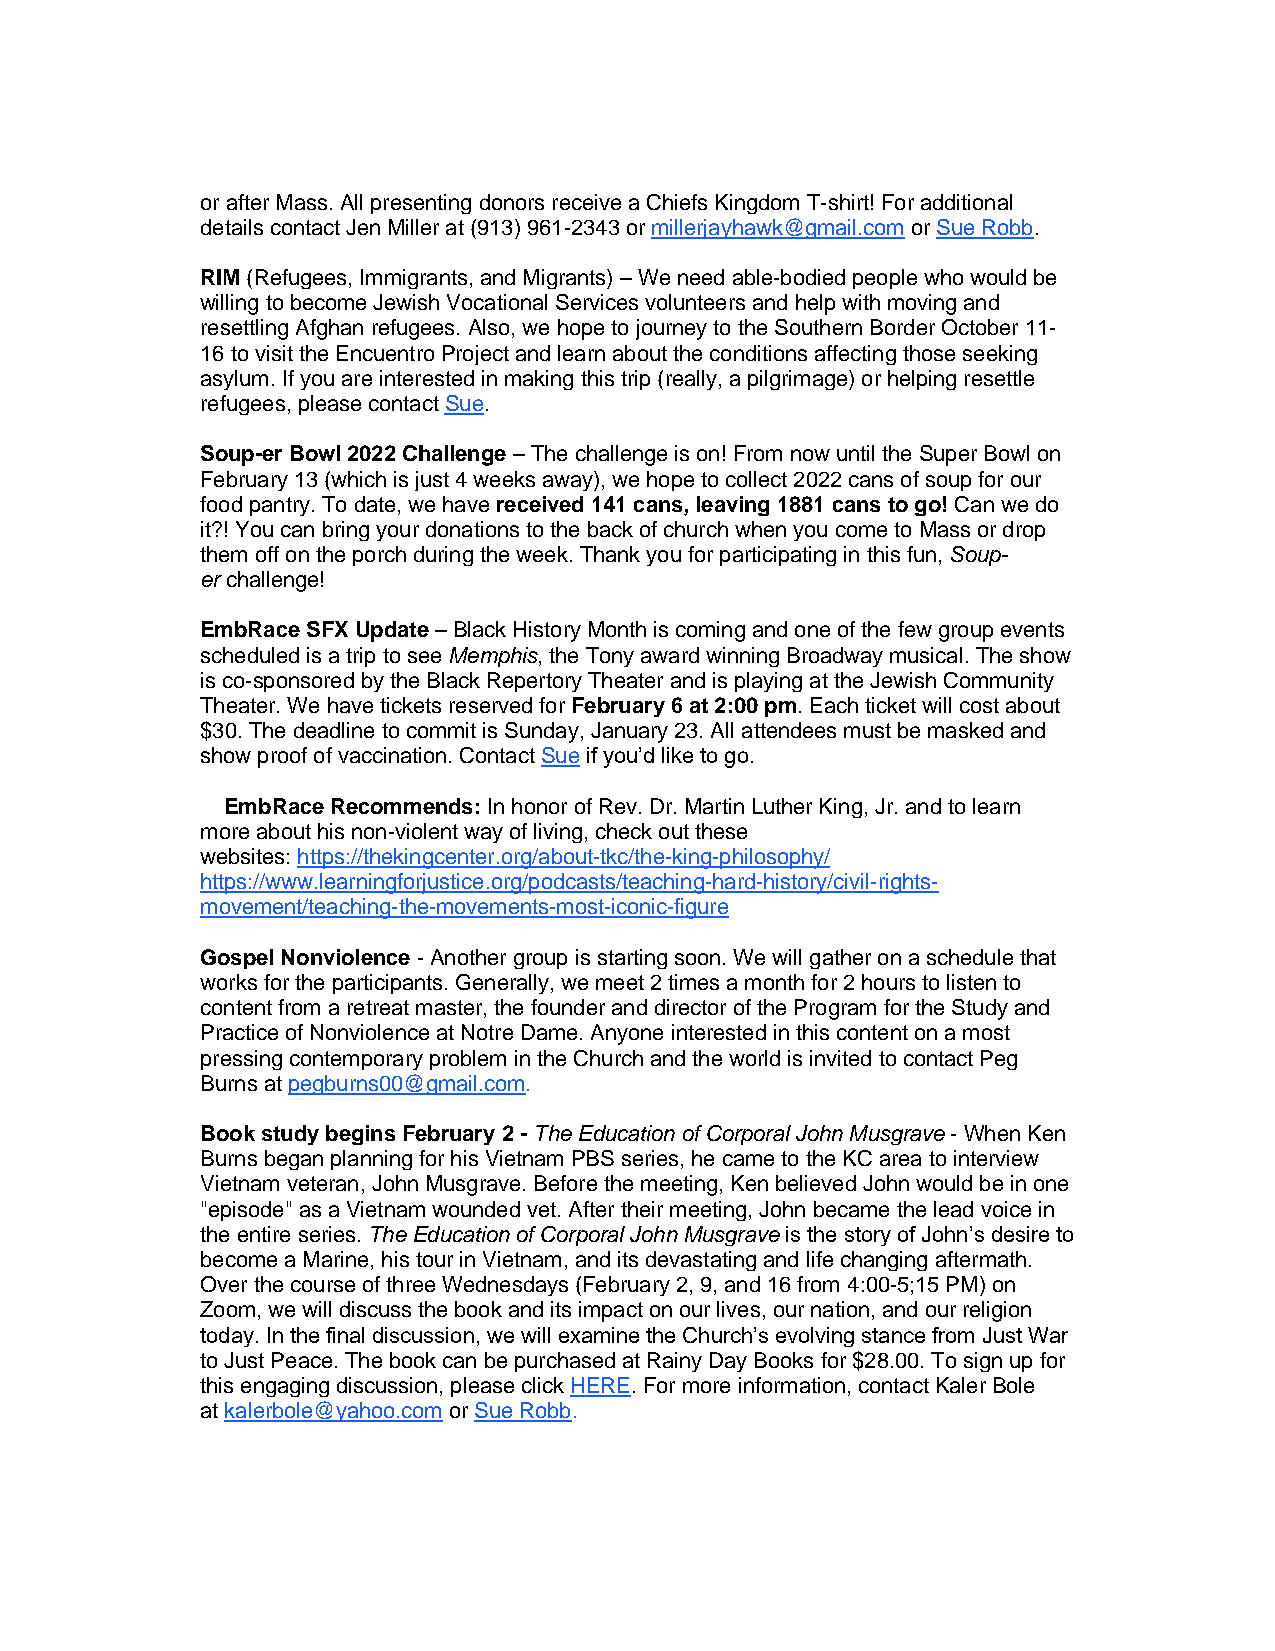
or after Mass. All presenting donors receive a Chiefs Kingdom T-shirt! For additional
 details contact Jen Miller at (913) 961-2343 or millerjayhawk@gmail.com or Sue Robb.
 RIM (Refugees, Immigrants, and Migrants) – We need able-bodied people who would be
 willing to become Jewish Vocational Services volunteers and help with moving and
 resettling Afghan refugees. Also, we hope to journey to the Southern Border October 11-
 16 to visit the Encuentro Project and learn about the conditions affecting those seeking
 asylum. If you are interested in making this trip (really, a pilgrimage) or helping resettle
 refugees, please contact Sue.
 Soup-er Bowl 2022 Challenge – The challenge is on! From now until the Super Bowl on
 February 13 (which is just 4 weeks away), we hope to collect 2022 cans of soup for our
 food pantry. To date, we have received 141 cans, leaving 1881 cans to go! Can we do
 it?! You can bring your donations to the back of church when you come to Mass or drop
 them off on the porch during the week. Thank you for participating in this fun, Soup-
 er challenge!
 EmbRace SFX Update – Black History Month is coming and one of the few group events
 scheduled is a trip to see Memphis, the Tony award winning Broadway musical. The show
 is co-sponsored by the Black Repertory Theater and is playing at the Jewish Community
 Theater. We have tickets reserved for February 6 at 2:00 pm. Each ticket will cost about
 $30. The deadline to commit is Sunday, January 23. All attendees must be masked and
 show proof of vaccination. Contact Sue if you’d like to go.
 EmbRace Recommends: In honor of Rev. Dr. Martin Luther King, Jr. and to learn
 more about his non-violent way of living, check out these
 websites: https://thekingcenter.org/about-tkc/the-king-philosophy/
 https://www.learningforjustice.org/podcasts/teaching-hard-history/civil-rights-
 movement/teaching-the-movements-most-iconic-figure
 Gospel Nonviolence - Another group is starting soon. We will gather on a schedule that
 works for the participants. Generally, we meet 2 times a month for 2 hours to listen to
 content from a retreat master, the founder and director of the Program for the Study and
 Practice of Nonviolence at Notre Dame. Anyone interested in this content on a most
 pressing contemporary problem in the Church and the world is invited to contact Peg
 Burns at pegburns00@gmail.com.
 Book study begins February 2 - The Education of Corporal John Musgrave - When Ken
 Burns began planning for his Vietnam PBS series, he came to the KC area to interview
 Vietnam veteran, John Musgrave. Before the meeting, Ken believed John would be in one
 "episode" as a Vietnam wounded vet. After their meeting, John became the lead voice in
 the entire series. The Education of Corporal John Musgrave is the story of John’s desire to
 become a Marine, his tour in Vietnam, and its devastating and life changing aftermath.
 Over the course of three Wednesdays (February 2, 9, and 16 from 4:00-5;15 PM) on
 Zoom, we will discuss the book and its impact on our lives, our nation, and our religion
 today. In the final discussion, we will examine the Church’s evolving stance from Just War
 to Just Peace. The book can be purchased at Rainy Day Books for $28.00. To sign up for
 this engaging discussion, please click HERE. For more information, contact Kaler Bole
 at kalerbole@yahoo.com or Sue Robb.